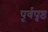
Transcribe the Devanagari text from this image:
पूर्वपृष्ठ